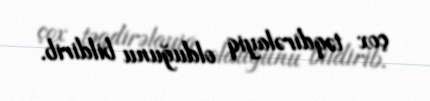
çox təqdirəlayiq olduğunu bildirib.